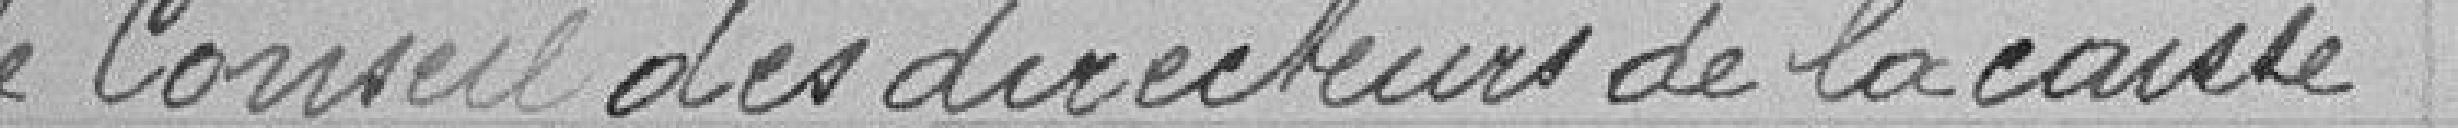
le Conseil des directeurs de la caisse